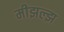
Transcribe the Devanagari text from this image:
मीझल्झ